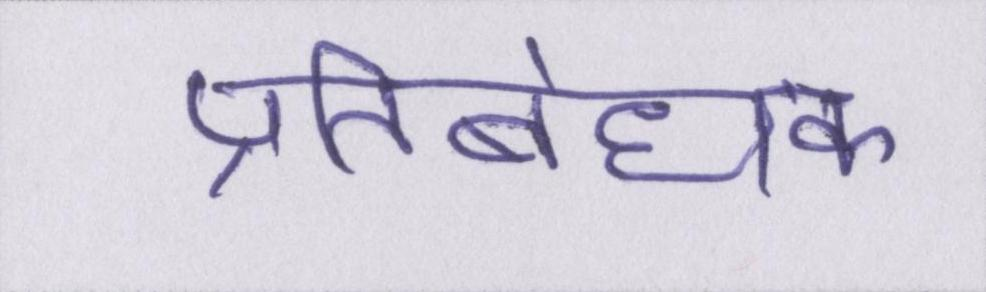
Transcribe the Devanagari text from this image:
प्रतिबंधक